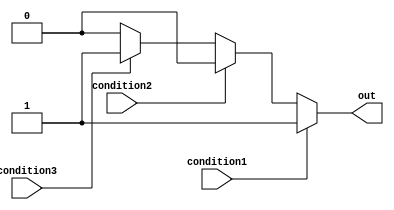
module if_else_ladder (
    input wire condition1,
    input wire condition2,
    input wire condition3,
    output reg out
);

always @* begin
    if (condition1) begin
        out <= 1;
    end
    else if (condition2) begin
        out <= 2;
    end
    else if (condition3) begin
        out <= 3;
    end
    else begin
        out <= 0;
    end
end

endmodule